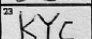
Transcription: KYC